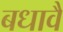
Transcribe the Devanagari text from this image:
बधावै